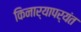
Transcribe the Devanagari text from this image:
किनार्‍यापर्यंत